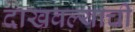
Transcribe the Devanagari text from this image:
दाखवल्याची